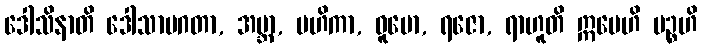
ဒေါသိနာတိ ဒေါသာပဂတာ, အဗ္ဘာ, မဟိကာ, ဓူမော, ရဇော, ရာဟူတိ ဣမေဟိ ပဉ္စဟိ